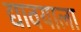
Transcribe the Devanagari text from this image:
द्यावयाला